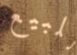
للبيع